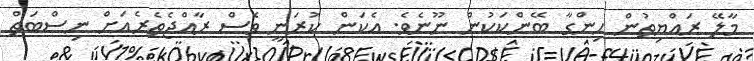
މާލޭ ރައްޔިތުން ހިންގާ ބޭންކަކުން ނޫނެވެ. އެކަން ކުރަނީ ވެސް ރާއްޖެތެރެއަށް ނިސްބަތް